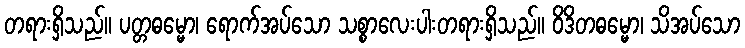
တရားရှိသည်။ ပတ္တဓမ္မော၊ ရောက်အပ်သော သစ္စာလေးပါးတရားရှိသည်။ ဝိဒိတဓမ္မော၊ သိအပ်သော